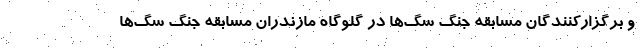
و برگزارکنندگان مسابقه جنگ سگ‌ها در گلوگاه مازندران مسابقه جنگ سگ‌ها